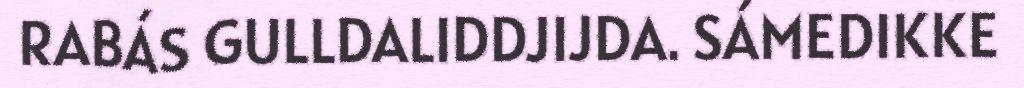
RABÁS GULLDALIDDJIJDA. SÁMEDIKKE